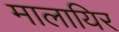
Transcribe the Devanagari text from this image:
मालायिर